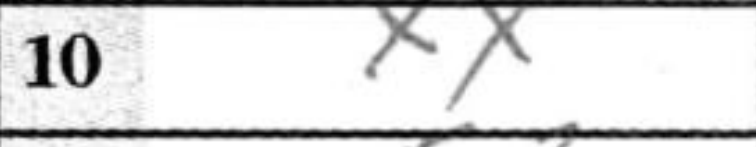
Transcription: xx